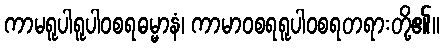
ကာမရူပါရူပါဝစရဓမ္မာနံ၊ ကာမာဝစရရူပါဝစရတရားတို့၏။